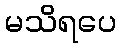
မသိရပေ